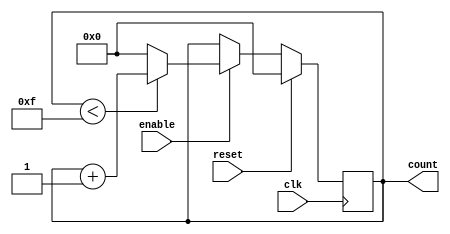
module binary_counter #(
    parameter N = 4  // Number of bits for the counter (default is 4 bits)
)(
    input wire clk,         // Clock signal
    input wire reset,       // Active-high reset signal
    input wire enable,      // Enable signal to allow counting
    output reg [N-1:0] count // N-bit output for the current count value
);

    // Maximum count value
    localparam MAX_COUNT = (1 << N) - 1; // 2^N - 1

    // Always block triggered on the rising edge of the clock
    always @(posedge clk) begin
        if (reset) begin
            // Reset the counter to zero
            count <= 0;
        end else if (enable) begin
            // Increment the count if not at maximum value
            if (count < MAX_COUNT) begin
                count <= count + 1;
            end else begin
                count <= 0; // Wrap around to zero
            end
        end
    end

endmodule